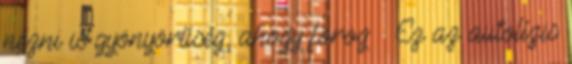
nézni is gyönyörűség, ahogy forog 🙂 Ez az autolízis